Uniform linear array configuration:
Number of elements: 24
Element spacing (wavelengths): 0.5
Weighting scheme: hann
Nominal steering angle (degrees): -15
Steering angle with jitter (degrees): -13.475
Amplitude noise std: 0.05
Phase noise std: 0.05

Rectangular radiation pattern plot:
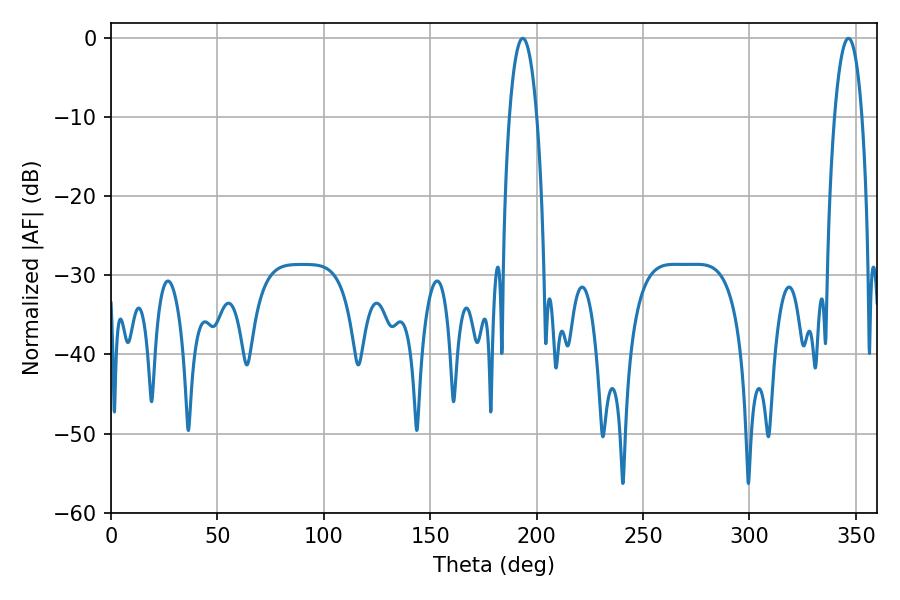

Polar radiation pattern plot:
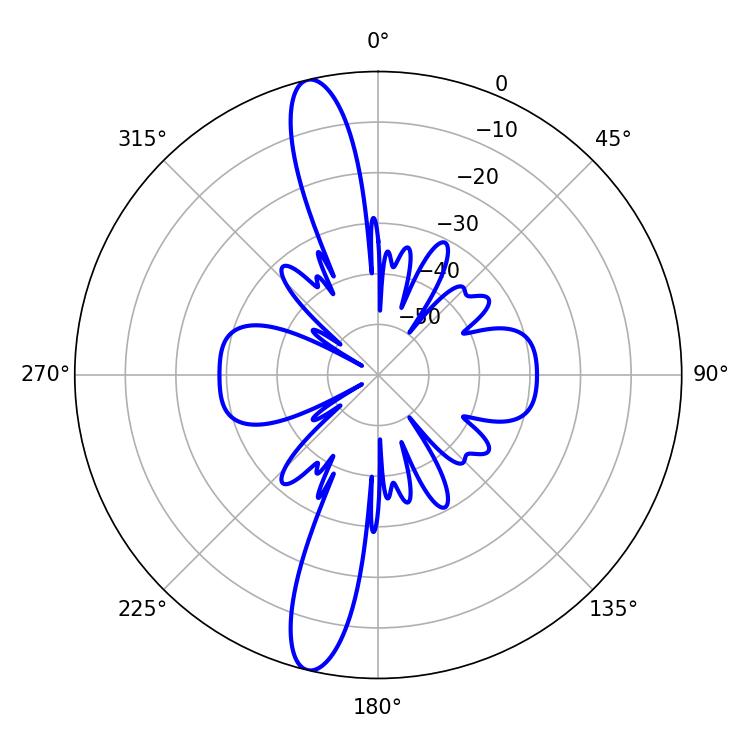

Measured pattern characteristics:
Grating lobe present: FALSE
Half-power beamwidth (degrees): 7.2
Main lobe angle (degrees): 193.5